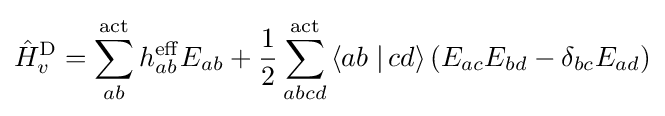
{\hat {H}}_{v}^{\rm {D}}=\sum _{ab}^{\rm {act}}h_{ab}^{\rm {eff}}E_{ab}+{\frac {1}{2}}\sum _{abcd}^{\rm {act}}\left\langle ab\left.\right|cd\right\rangle \left(E_{ac}E_{bd}-\delta _{bc}E_{ad}\right)